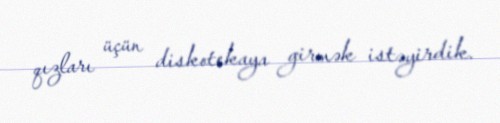
qızları üçün diskotekaya girmək istəyirdik.